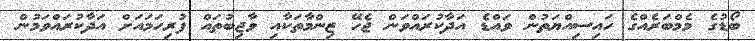
ބޯޑުގެ މެމްބަރެއްގެ ހައިސިއްޔަތުން ވައްޑެ އަދާކުރައްވަން ޖެހޭ ޒިންމާތަކާއި ވާޖިބުތައް ފުރިހަމައަށް އަދާކުރައްވަމުން